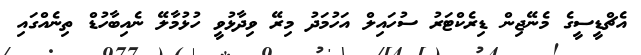
އެޗްޑީސީގެ މެނޭޖިން ޑިރެކްޓަރު ސުހައިލް އަހުމަދު މިރޭ ވިދާޅުވީ ހުޅުމާލޭ ނެއިބާހުޑް ތިނެއްގައި